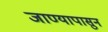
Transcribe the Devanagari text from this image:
जाण्यापासुन